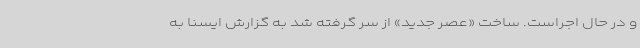
و در حال اجراست. ساخت «عصر جدید» از سر گرفته شد به گزارش ایسنا به